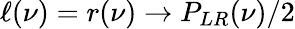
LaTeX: \ell(\nu)=r(\nu)\to P_{LR}(\nu)/2